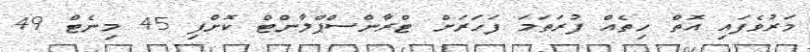
މަރުވެފައި އޮތް ހިތެއް ފުރަތަމަ ފަހަރަށް ޓްރާންސްޕްލާންޓް ކޮށްފި 45 މިނެޓް 49